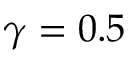
\gamma = 0 . 5